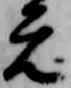
元